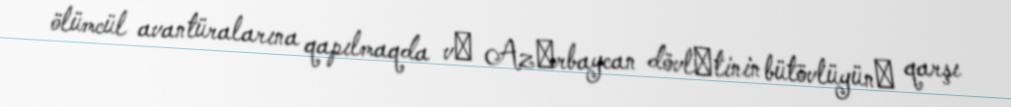
ölümcül avantüralarına qapılmaqda vǝ Azǝrbaycan dövlǝtinin bütövlüyünǝ qarşı